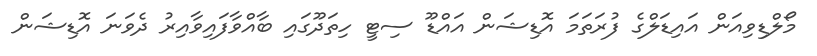
މޯލްޑިވިއަން އައިޑަލްގެ ފުރަތަމަ އޮޑިޝަން އައްޑޫ ސިޓީ ހިތަދޫގައި ބާއްވާފައިވާއިރު ދެވަނަ އޮޑިޝަން